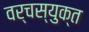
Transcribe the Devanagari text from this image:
वर्चस्युक्त